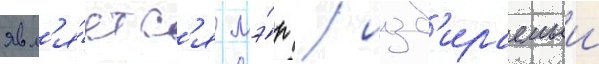
явл'я́етс'я мэ́р / изб'ираемыи